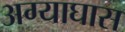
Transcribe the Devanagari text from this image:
अग्याघास